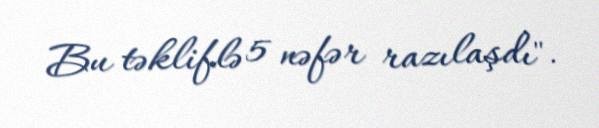
Bu təkliflə 5 nəfər razılaşdı".